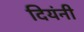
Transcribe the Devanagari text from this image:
दियंनी